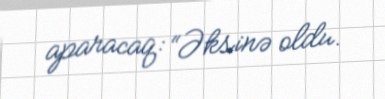
aparacaq: “Əksinə oldu.